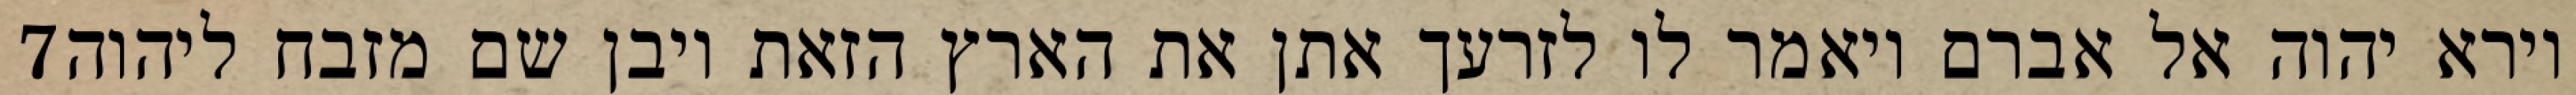
‎7‏ וירא יהוה אל אברם ויאמר לו לזרעך אתן את הארץ הזאת ויבן שם מזבח ליהוה